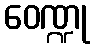
ဝေဏ္ဍု